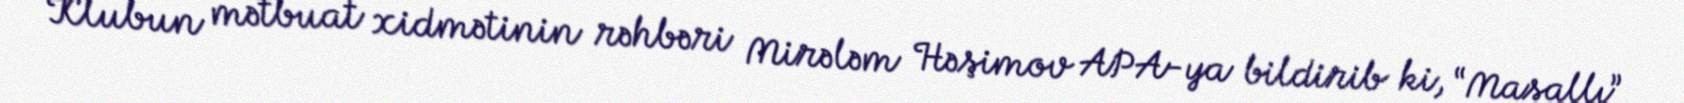
Klubun mətbuat xidmətinin rəhbəri Mirələm Həşimov APA-ya bildirib ki, “Masallı”